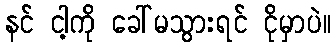
နင် ငါ့ကို ခေါ်မသွားရင် ငိုမှာပဲ။